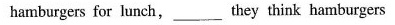
hamburgers for lunch,___they think hamburgers